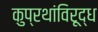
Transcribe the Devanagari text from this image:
कुप्रथांविरूद्ध